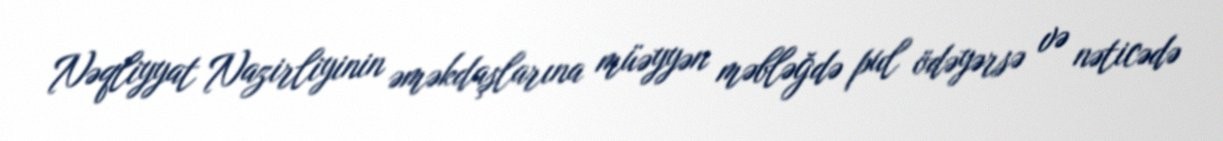
Nəqliyyat Nazirliyinin əməkdaşlarına müəyyən məbləğdə pul ödəyərsə və nəticədə